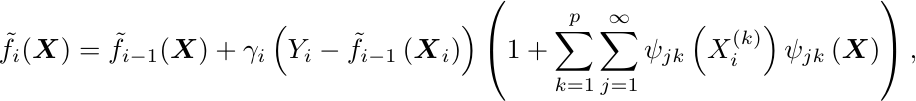
\begin{align*}
    \tilde f_i(\boldsymbol{X}) = \tilde f_{i-1}(\boldsymbol{X}) + \gamma_i\left(Y_i - \tilde f_{i-1}\left(\boldsymbol{X}_i\right)\right) \left(1+\sum_{k=1}^p\sum_{j=1}^{\infty}\psi_{jk}\left(X_i^{(k)}\right)\psi_{jk}\left(\boldsymbol{X}\right)\right),
\end{align*}